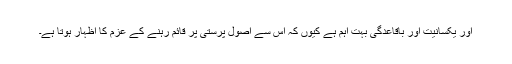
اور یکسانیت اور باقاعدگی بہت اہم ہے کیوں کہ اس سے اصول پرستی پر قائم رہنے کے عزم کا اظہار ہوتا ہے۔